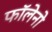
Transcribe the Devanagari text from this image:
फॉलेनो